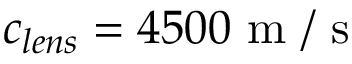
c _ { l e n s } = 4 5 0 0 \mathrm { ~ m ~ / ~ s ~ }